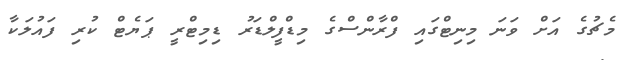
މެޗުގެ އަށް ވަނަ މިނިޓްގައި ފްރާންސްގެ މިޑްފީލްޑަރު ޑިމިޓްރީ ޕަޔެޓް ކުރި ފައުލަކާ